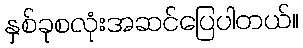
နှစ်ခုစလုံးအဆင်ပြေပါတယ်။